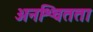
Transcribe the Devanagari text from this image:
अनश्चितता